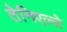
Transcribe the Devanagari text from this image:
तेनिएल्ले